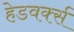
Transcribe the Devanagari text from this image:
हेडवर्क्स